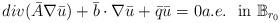
LaTeX: \begin{align*}div (\bar A\nabla \bar u)+\bar b\cdot \nabla \bar u+\bar q \bar u=0a.e. \ \ \mbox{in} \ \mathbb B_{r_0} \end{align*}